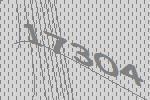
17304